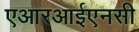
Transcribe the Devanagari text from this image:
एआरआईएनसी